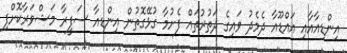
އިންޑިއާއާއި އައްޑޫއާ ދެމެދު ވައިގެ ދަތުރުތައް ފެށުމާ ގުޅޭގޮތުން އިންޑިއާ ސަފީރާ މަޝްވަރާކޮށްފި